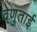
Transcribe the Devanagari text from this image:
वेणुताई